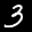
Label: 3